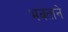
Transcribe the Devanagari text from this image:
भक्‍ताने